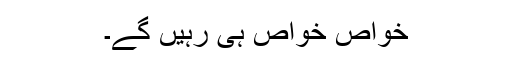
خواص خواص ہی رہیں گے۔